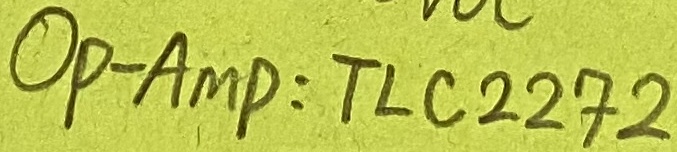
Text: OP-AMP-TLC2272